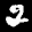
Label: 2